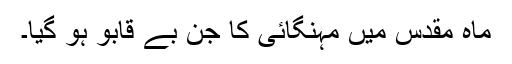
ماہ مقدس میں مہنگائی کا جن بے قابو ہو گیا۔